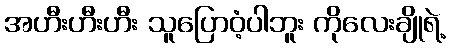
အဟီးဟီးဟီး သူပြောဝံ့ပါဘူး ကိုလေးချိုရဲ့